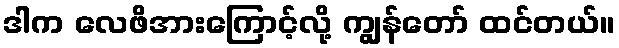
ဒါက လေဖိအားကြောင့်လို့ ကျွန်တော် ထင်တယ်။